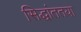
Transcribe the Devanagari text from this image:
सिद्धांततया